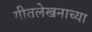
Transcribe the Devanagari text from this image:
गीतलेखनाच्या